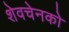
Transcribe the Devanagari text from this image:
शेवचेनको